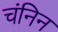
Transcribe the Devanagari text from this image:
चंनिन